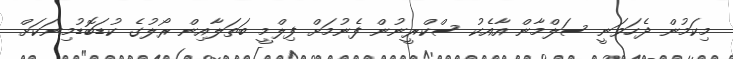
މިކަމުން ދެހަވަނީ ސަލްމާން އާއެކު ސްކްރީނުން ފެނުމަށް ފިލްމީ ބަތަލާއިން ރޯލުގެ ކުޑަބޮޑުމިނަކަށް